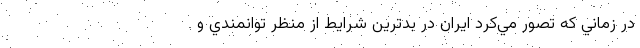
در زماني كه تصور مي‌كرد ايران در بدترين شرايط از منظر توانمندي و